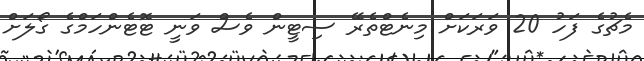
މެޗުގެ ފަހު 20 ވަރަކަށް މިނެޓްތެރޭ ސިޓީން ވެސް ވަނީ ޓޮޓެންހަމްގެ ގޯލަށް